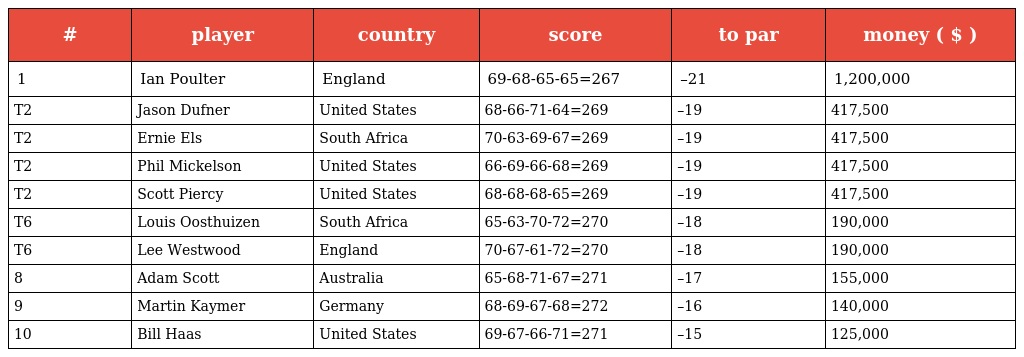
| # | player | country | score | to par | money ( $ ) |
 | --- | --- | --- | --- | --- | --- |
 | 1 | Ian Poulter | England | 69-68-65-65=267 | –21 | 1,200,000 |
 | T2 | Jason Dufner | United States | 68-66-71-64=269 | –19 | 417,500 |
 | T2 | Ernie Els | South Africa | 70-63-69-67=269 | –19 | 417,500 |
 | T2 | Phil Mickelson | United States | 66-69-66-68=269 | –19 | 417,500 |
 | T2 | Scott Piercy | United States | 68-68-68-65=269 | –19 | 417,500 |
 | T6 | Louis Oosthuizen | South Africa | 65-63-70-72=270 | –18 | 190,000 |
 | T6 | Lee Westwood | England | 70-67-61-72=270 | –18 | 190,000 |
 | 8 | Adam Scott | Australia | 65-68-71-67=271 | –17 | 155,000 |
 | 9 | Martin Kaymer | Germany | 68-69-67-68=272 | –16 | 140,000 |
 | 10 | Bill Haas | United States | 69-67-66-71=271 | –15 | 125,000 |